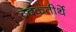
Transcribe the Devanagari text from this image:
उदकतीर्थे